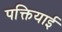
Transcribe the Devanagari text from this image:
पक्तियाई